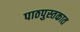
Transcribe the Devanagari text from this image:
पाठपुस्तकात